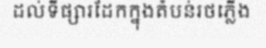
ដល់ទីផ្សារដែកក្នុងតំបន់រថភ្លើង